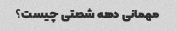
مهمانی دهه شصتی چیست؟